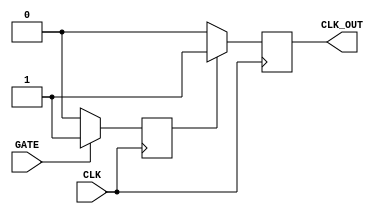
module ClockGatingBuffer (
    input wire CLK,       // Primary clock input
    input wire GATE,      // Clock gating enable signal
    output reg CLK_OUT    // Gated clock output
);

    reg gated;           // Intermediate signal to hold gated clock state

    // Always block to synchronize the GATE signal with the clock
    always @(posedge CLK) begin
        if (GATE) begin
            gated <= 1'b1; // If GATE is asserted, keep the gated signal high
        end else begin
            gated <= 1'b0; // If GATE is deasserted, hold the gated signal low
        end
    end

    // Always block for clock output generation
    always @(posedge CLK) begin
        if (gated) begin
            CLK_OUT <= 1'b1; // Pass the clock when gated signal is high
        end else begin
            CLK_OUT <= 1'b0; // Hold the clock low when gated signal is low
        end
    end

endmodule